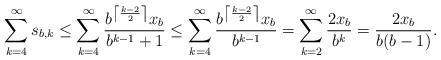
LaTeX: \begin{align*}\sum_{k=4}^\infty s_{b,k} \leq \sum_{k=4}^\infty \frac{b^{\left\lceil\frac{k-2}{2}\right\rceil}x_b}{b^{k-1}+1} \leq \sum_{k=4}^\infty \frac{b^{\left\lceil\frac{k-2}{2}\right\rceil}x_b}{b^{k-1}} = \sum_{k=2}^\infty \frac{2x_b}{b^k} = \frac{2x_b}{b(b-1)}.\end{align*}